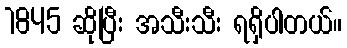
1845 ဆိုပြီး အသီးသီး ရရှိပါတယ်။